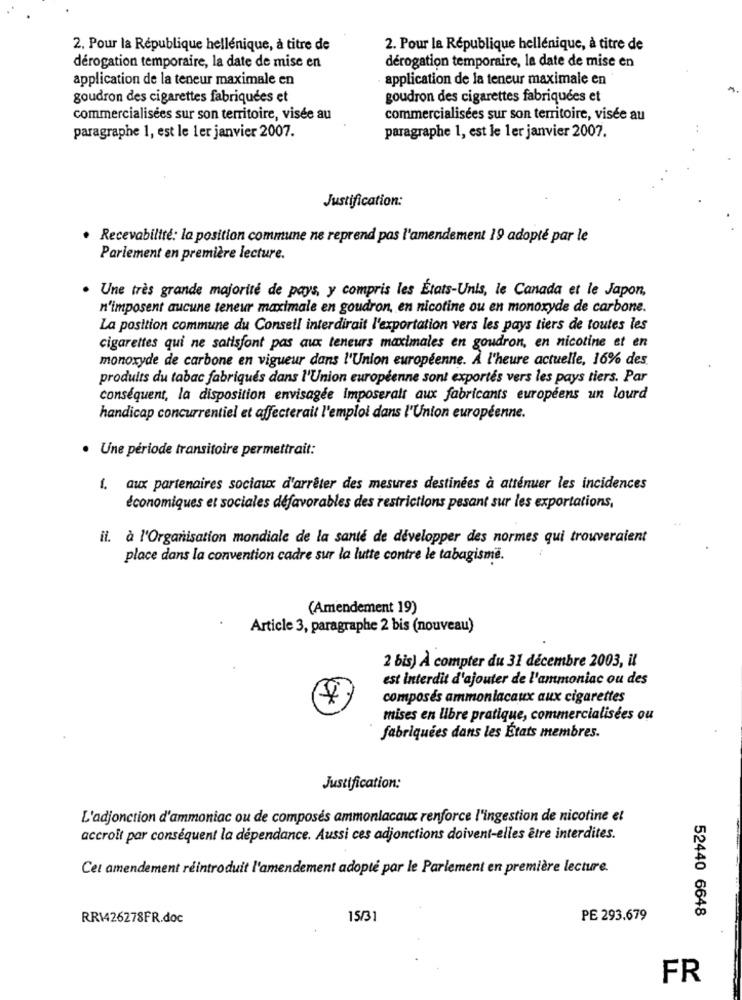
2. Pour la République hellénique, à titre de
2. Pour la République hellénique, à titre de
dérogation temporaire, la date de mise en
dérogation temporaire, la date de mise en
application de la teneur maximale en
application de la teneur maximale en
goudron des cigarettes fabriquées et
goudron des cigarettes fabriquées et
commercialisées sur son territoire, visée au
commercialisées sur son territoire, visée au
paragraphe 1, est le 1er janvier 2007.
paragraphe 1, est le 1er janvier 2007.
Justification:
· Recevabilité: la position commune ne reprend pas l'amendement 19 adopté par le
Parlement en première lecture.
Une très grande majorité de pays, y compris les États-Unis, le Canada et le Japon,
n'imposent aucune teneur maximale en goudron, en nicotine ou en monoxyde de carbone.
La position commune du Consell interdirait l'exportation vers les pays tiers de toutes les
cigarettes qui ne satisfont pas aux teneurs maximales en goudron, en nicotine et en
monoxyde de carbone en vigueur dans l'Union européenne. À l'heure actuelle, 16% des
produits du tabac fabriqués dans l'Union européenne sont exportés vers les pays tiers. Par
conséquent, la disposition envisagée imposeratt aux fabricants européens un lourd
handicap concurrentiel et affecterait l'emploi dans l'Union européenne.
· Une période transitoire permettrait:
aux partenaires sociaux d'arrêter des mesures destinées à atténuer les incidences
économiques et sociales défavorables des restrictions pesant sur les exportations,
ii. à l'Organisation mondiale de la santé de développer des normes qui trouveraient
place dans la convention cadre sur la lutte contre le tabagisme.
(Amendement 19)
Article 3, paragraphe 2 bis (nouveau)
2 bis) À compter du 31 décembre 2003, il
est interdit d'ajouter de l'ammoniac ou des
composés ammoniacaux aux cigarettes
mises en libre pratique, commercialisées ou
fabriquées dans les États membres.
Justification:
L'adjonction d'ammoniac ou de composés ammoniacaux renforce l'ingestion de nicotine et
accroît par conséquent la dépendance. Aussi ces adjonctions doivent-elles être interdites.
Cet amendement réintroduit l'amendement adopté par le Parlement en première lecture.
52440 6648
RR1426278FR.doc
15/31
PE 293.679
FR